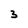
Character: 3